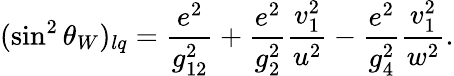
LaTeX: (\sin^{2}\theta_{W})_{lq}={\frac{e^{2}}{g_{12}^{2}}}+{\frac{e^{2}}{g_{2}^{2}}}{\frac{v_{1}^{2}}{u^{2}}}-{\frac{e^{2}}{g_{4}^{2}}}{\frac{v_{1}^{2}}{w^{2}}}.